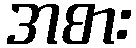
အစား